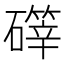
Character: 𪿺